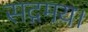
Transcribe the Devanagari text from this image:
सद्गमय।